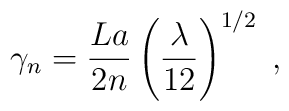
\gamma_n=\frac{La}{2n}\left(\frac{\lambda}{12}\right)^{1/2}\;,